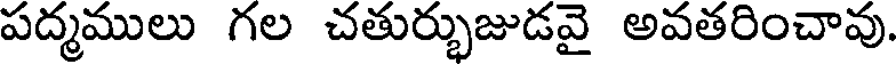
పద్మములు గల చతుర్భుజుడవై అవతరించావు.